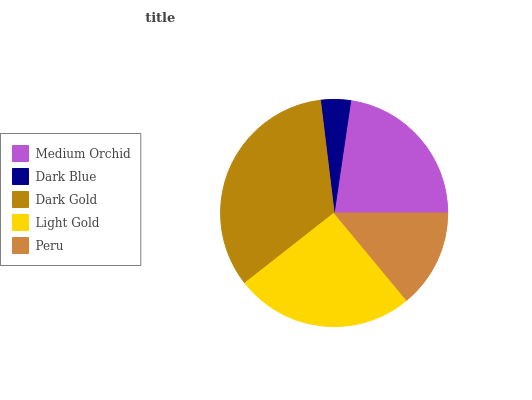
| Medium Orchid | Dark Blue | Dark Gold | Light Gold | Peru |
 | --- | --- | --- | --- | --- |
 | 22.6% | 4.25% | 33.7% | 25.5% | 14% |